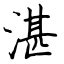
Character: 湛